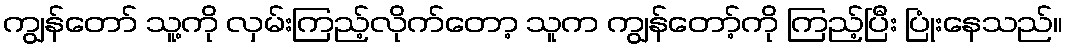
ကျွန်တော် သူ့ကို လှမ်းကြည့်လိုက်တော့ သူက ကျွန်တော့်ကို ကြည့်ပြီး ပြုံးနေသည်။